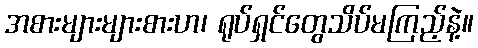
အစားများများစားဟ၊ ရုပ်ရှင်တွေသိပ်မကြည့်နဲ့။